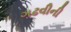
ગઢવીની